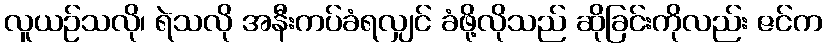
လူယဉ်သလို၊ ရဲသလို အနီးကပ်ခံရလျှင် ခံဖို့လိုသည် ဆိုခြင်းကိုလည်း ဇင်က